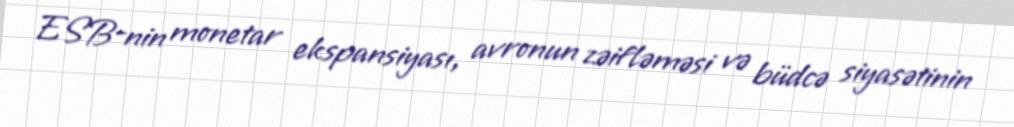
ESB-nin monetar ekspansiyası, avronun zəifləməsi və büdcə siyasətinin